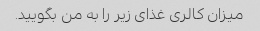
میزان کالری غذای زیر را به من بگویید.